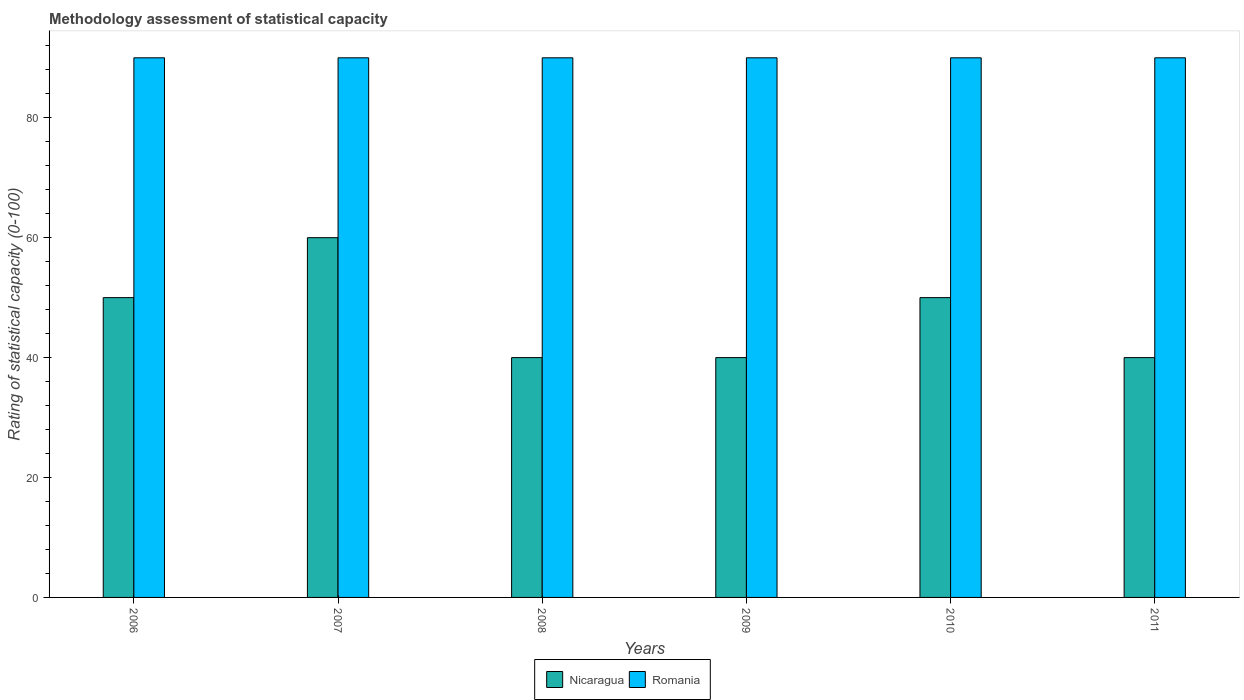
| Years | Nicaragua | Romania |
 | --- | --- | --- |
 | 2006 | 50 | 90 |
 | 2007 | 60 | 90 |
 | 2008 | 40 | 90 |
 | 2009 | 40 | 90 |
 | 2010 | 50 | 90 |
 | 2011 | 40 | 90 |